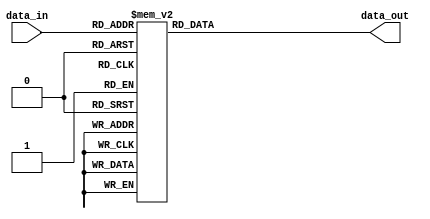
/*
 * Company: KU Leuven
 *
 * Module Name:    SPONGENT S-box
 *
 * Description:
 *  4-bit S-box for the SPONGENT hash function
 *
 *  Ports:
 *    data_in     - 4-bit data input
 *    data_out    - 4-bit data output
 *
 * Revision:
 *  Revision 0.01 - File Created
 *
 */
module spongent_sbox (
    data_in,
    data_out
  );

  // Define ports
  input [3:0] data_in;
  output [3:0] data_out;

  // Declare "registers"
  reg [3:0] data_out;

  // Define S-box
  always @(*) begin
    data_out = 4'bx; // Set output undefined to easily debug errors.

    case (data_in)
      4'h0:  data_out = 4'he;
      4'h1:  data_out = 4'hd;
      4'h2:  data_out = 4'hb;
      4'h3:  data_out = 4'h0;
      4'h4:  data_out = 4'h2;
      4'h5:  data_out = 4'h1;
      4'h6:  data_out = 4'h4;
      4'h7:  data_out = 4'hf;
      4'h8:  data_out = 4'h7;
      4'h9:  data_out = 4'ha;
      4'ha:  data_out = 4'h8;
      4'hb:  data_out = 4'h5;
      4'hc:  data_out = 4'h9;
      4'hd:  data_out = 4'hc;
      4'he:  data_out = 4'h3;
      4'hf:  data_out = 4'h6;
    endcase
  end

endmodule